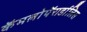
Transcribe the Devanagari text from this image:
कॅमलोपॅरार्डालिस